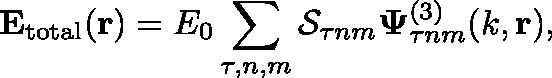
\mathbf { E _ { \mathrm { t o t a l } } } ( \mathbf { r } ) = E _ { 0 } \sum _ { \tau , n , m } \mathcal { S } _ { \tau n m } \mathbf { \Psi } _ { \tau n m } ^ { ( 3 ) } ( k , \mathbf { r } ) ,